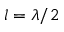
l = \lambda / 2